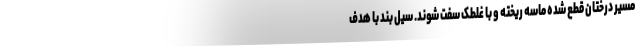
مسیر درختان قطع شده ماسه ریخته و با غلطک سفت شوند. سیل بند با هدف